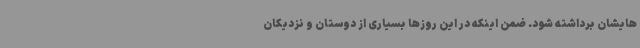
هایشان برداشته شود. ضمن اینکه در این روزها بسیاری از دوستان و نزدیکان